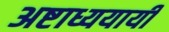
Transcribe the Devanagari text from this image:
अष्टाध्ययायी